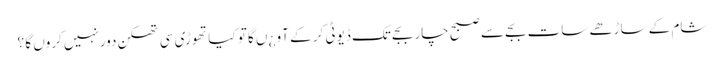
شام کے ساڑھے سات بجے سے صبح چار بجے تک ڈیوٹی کر کے آو ¿ں گا تو کیا تھوڑی سی تھکن دورنہیں کروں گا ؟